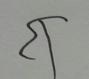
Signature authenticity: forged